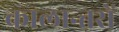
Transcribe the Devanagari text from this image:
कालान्तरों